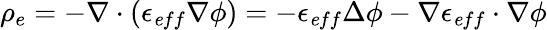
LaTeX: \rho_{e}=-\nabla\cdot(\epsilon_{\mathit eff}\nabla\phi)=-\epsilon_{\mathit eff}\Delta\phi-\nabla\epsilon_{\mathit eff}\cdot\nabla\phi